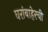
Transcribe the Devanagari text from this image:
घरांबाहेरची